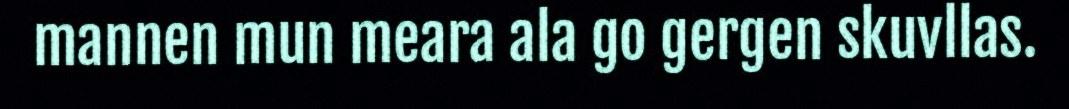
mannen mun meara ala go gergen skuvllas.